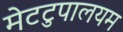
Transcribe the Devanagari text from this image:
मेटटुपालयम